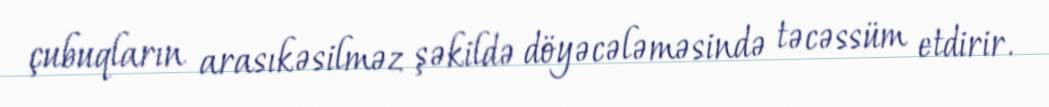
çubuqların arasıkəsilməz şəkildə döyəcələməsində təcəssüm etdirir.